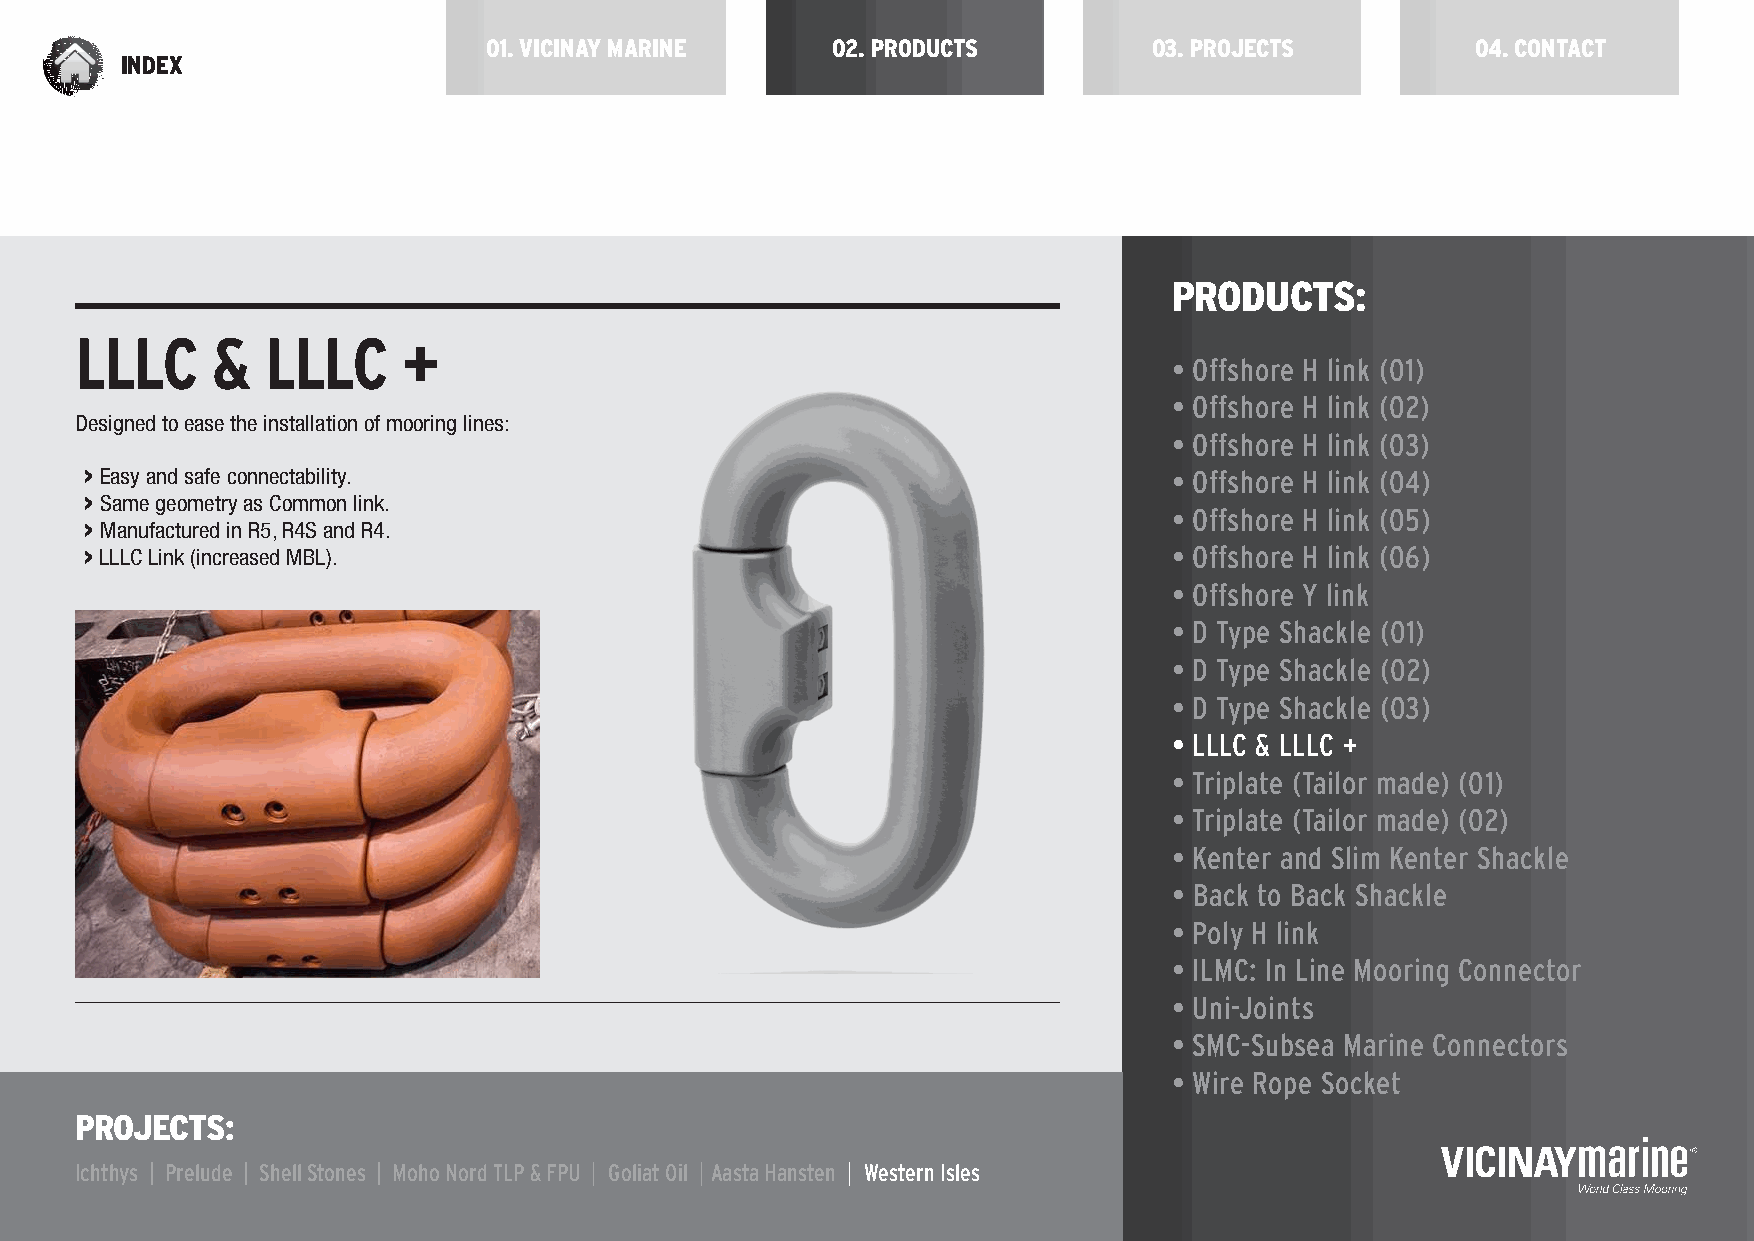
01. VICINAY MARINE     02. PRODUCTS         03. PROJECTS          04. CONTACT
 INDEX
 PRODUCTS:
 LLLC     &   LLLC     +
 • Offshore H link (01)
 • Offshore H link (02)
 Designed to ease the installation of mooring lines:
 • Offshore H link (03)
 > Easy and safe connectability.                                         • Offshore H link (04)
 > Same geometry as Common link.
 • Offshore H link (05)
 > Manufactured in R5, R4S and R4.
 > LLLC Link (increased MBL).                                            • Offshore H link (06)
 • Offshore Y link
 • D Type Shackle (01)
 • D Type Shackle (02)
 • D Type Shackle (03)
 • LLLC & LLLC +
 • Triplate (Tailor made) (01)
 • Triplate (Tailor made) (02)
 • Kenter and Slim Kenter Shackle
 • Back to Back Shackle
 • Poly H link
 • ILMC: In Line Mooring Connector
 • Uni-Joints
 • SMC-Subsea Marine Connectors
 • Wire Rope Socket
 PROJECTS:
 Ichthys | Prelude | Shell Stones | Moho Nord TLP & FPU | Goliat Oil | Aasta Hansten | Western Isles